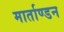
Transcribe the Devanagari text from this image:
मार्ताण्डन